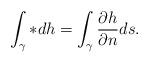
LaTeX: \begin{align*} \int_{\gamma} \ast dh = \int_{\gamma} \frac{\partial h}{\partial n} ds . \end{align*}